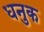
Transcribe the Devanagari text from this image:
धनुक